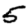
Digit: 5